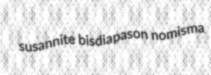
susannite bisdiapason nomisma